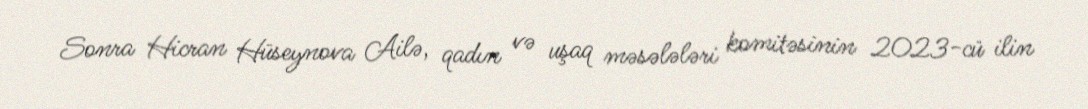
Sonra Hicran Hüseynova Ailə, qadın və uşaq məsələləri komitəsinin 2023-cü ilin